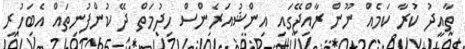
ތާއީދު ކުރާ ކަމެއް ނޫން ރާއްޖޭގައި އިންޝުއަރެންސް ހިދުމަތް ދޭ ކުންފުނިތައް އެބަހުރި